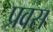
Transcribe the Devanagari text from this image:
प्रवस